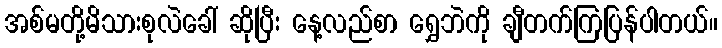
အစ်မတို့မိသားစုလဲခေါ် ဆိုပြီး နေ့လည်စာ ရွှေဘဲကို ချီတက်ကြပြန်ပါတယ်။